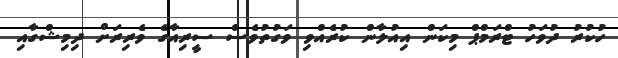
ހުކުރު ދުވަހު ޓްރަމްޕް މިކަން އިއުލާން ކުރެއްވި ވަގުތުވެސް ސީރިއާގެ ވެރިރަށް ދިމިޝްގާއި